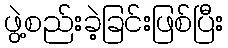
ဖွဲ့စည်းခဲ့ခြင်းဖြစ်ပြီး